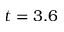
t = 3 . 6